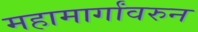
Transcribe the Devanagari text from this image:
महामार्गांवरुन